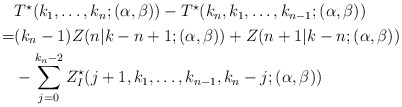
\begin{align*}\begin{aligned}&T^{\star}(k_1,\ldots,k_n;(\alpha,\beta))-T^{\star}(k_n,k_1,\ldots,k_{n-1};(\alpha,\beta))\\=&(k_n-1)Z(n|k-n+1;(\alpha,\beta))+Z(n+1|k-n;(\alpha,\beta))\\&-\sum_{j=0}^{k_n-2}Z^{\star}_{I}(j+1,k_1,\ldots,k_{n-1},k_n-j;(\alpha,\beta))\end{aligned}\end{align*}